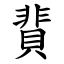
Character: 䩀